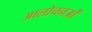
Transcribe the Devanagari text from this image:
आलोचनओं